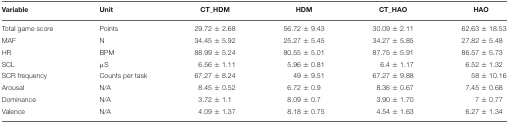
<table><thead><tr><td><b>Variable</b></td><td><b>Unit</b></td><td><b>CT_HDM</b></td><td><b>HDM</b></td><td><b>CT_HAO</b></td><td><b>HAO</b></td></tr></thead><tbody><tr><td>Total game score</td><td>Points</td><td>29.72 ± 2.68</td><td>56.72 ± 9.43</td><td>30.09 ± 2.11</td><td>62.63 ± 18.53</td></tr><tr><td>MAF</td><td>N</td><td>34.45 ± 5.92</td><td>25.27 ± 5.45</td><td>34.27 ± 5.85</td><td>27.82 ± 5.48</td></tr><tr><td>HR</td><td>BPM</td><td>88.99 ± 5.24</td><td>80.55 ± 5.01</td><td>87.75 ± 5.91</td><td>86.57 ± 5.73</td></tr><tr><td>SCL</td><td>μS</td><td>6.56 ± 1.11</td><td>5.96 ± 0.81</td><td>6.4 ± 1.17</td><td>6.52 ± 1.32</td></tr><tr><td>SCR frequency</td><td>Counts per task</td><td>67.27 ± 8.24</td><td>49 ± 9.51</td><td>67.27 ± 9.88</td><td>58 ± 10.16</td></tr><tr><td>Arousal</td><td>N/A</td><td>8.45 ± 0.52</td><td>6.72 ± 0.9</td><td>8.36 ± 0.67</td><td>7.45 ± 0.68</td></tr><tr><td>Dominance</td><td>N/A</td><td>3.72 ± 1.1</td><td>8.09 ± 0.7</td><td>3.90 ± 1.70</td><td>7 ± 0.77</td></tr><tr><td>Valence</td><td>N/A</td><td>4.09 ± 1.37</td><td>8.18 ± 0.75</td><td>4.54 ± 1.63</td><td>6.27 ± 1.34</td></tr></tbody></table>